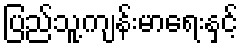
ပြည်သူ့ကျန်းမာရေးနှင့်